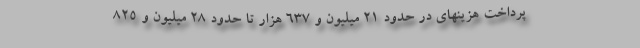
پرداخت هزینهای در حدود ۲۱ میلیون و ۶۳۷ هزار تا حدود ۲۸ میلیون و ۸۲۵